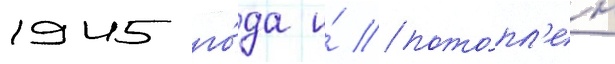
1945 го́да и́ пото́пл'ен